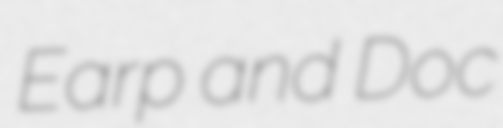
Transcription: Earp and Doc